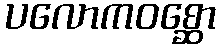
ပလောကဝစ္ဆော